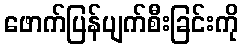
ဖောက်ပြန်ပျက်စီးခြင်းကို